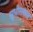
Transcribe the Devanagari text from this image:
सुधीरलाल